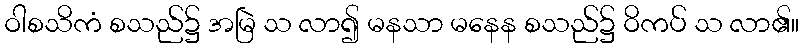
ဝါစသိကံ စသည်၌ အမြဲ သ လာ၍ မနသာ မနေန စသည်၌ ဝိကပ် သ လာ၏။